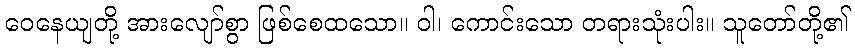
ဝေနေယျတို့ အားလျော်စွာ ဖြစ်စေထသော။ ဝါ၊ ကောင်းသော တရားသုံးပါး။ သူတော်တို့၏